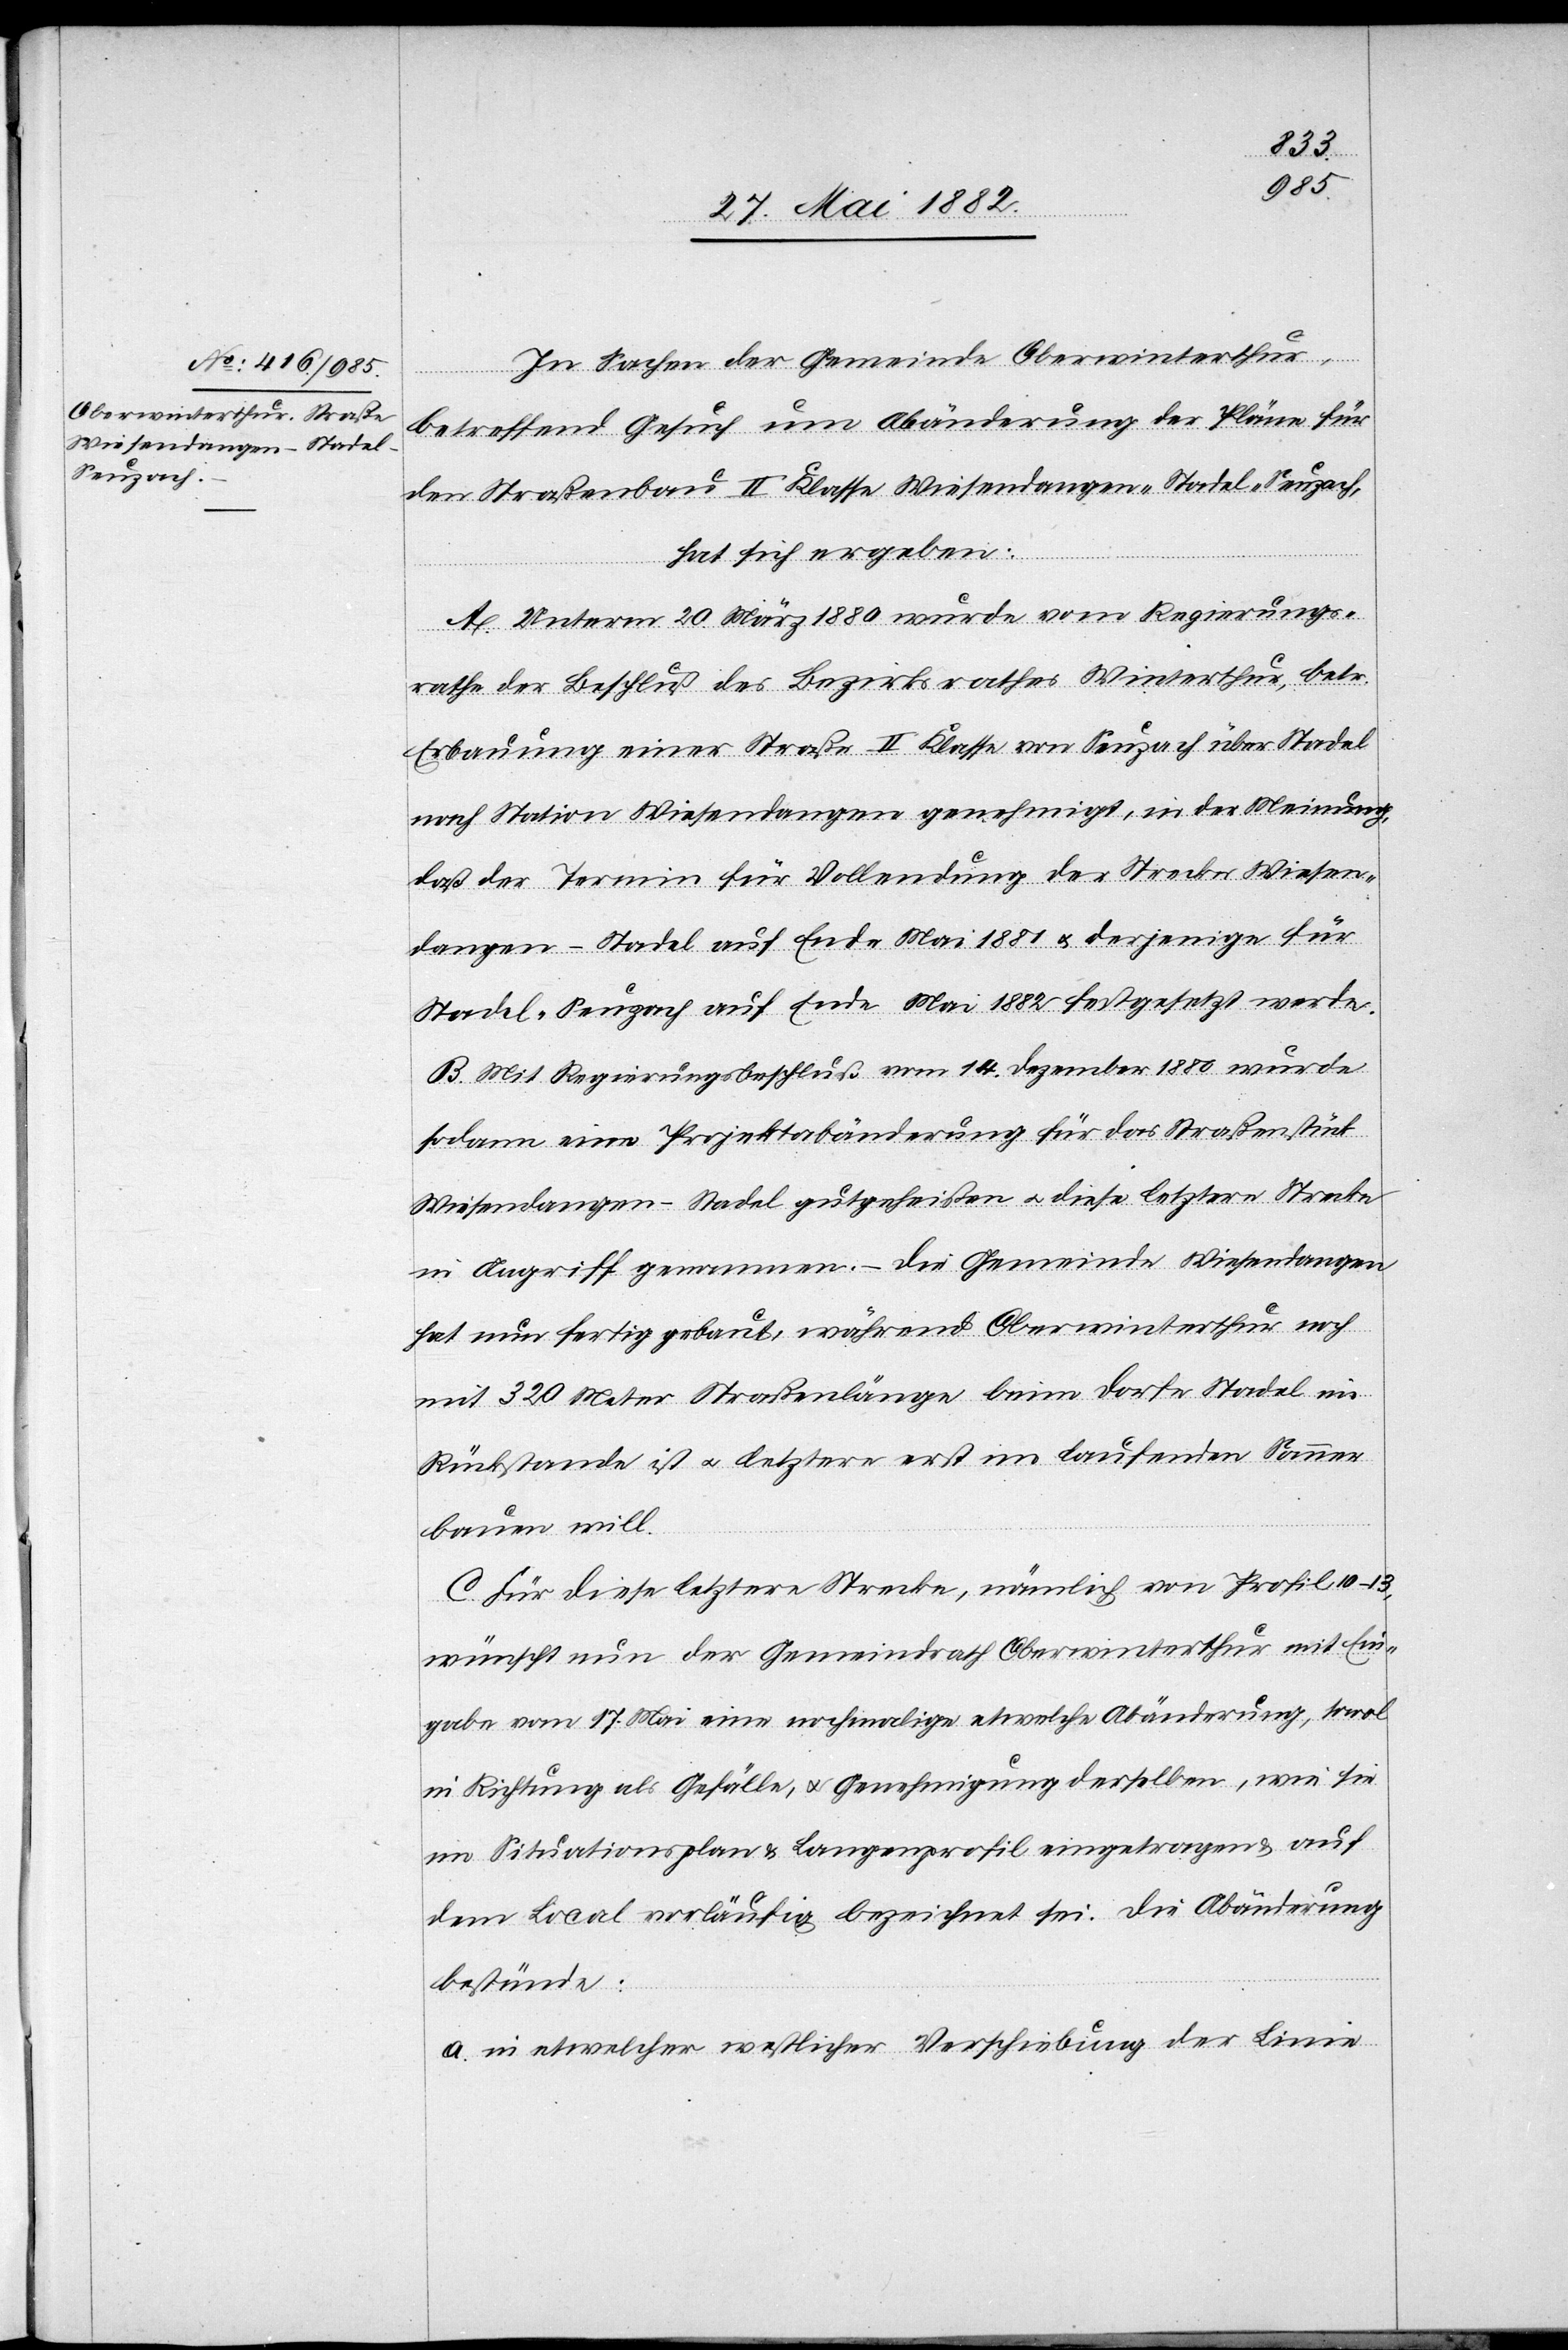
In Sachen der Gemeinde Oberwinterthur,
betreffend Gesuch um Abänderung der Pläne für
den Straßenbau II. Klasse Wiesendangen–Stadel–Seuzach,
hat sich ergeben:
A. Unterm 20. März 1880 wurde vom Regierungs¬
rathe der Beschluß des Bezirksrathes Winterthur, betr.
Erbauung einer Straße II. Klasse von Seuzach über Stadel
nach Station Wiesendangen genehmigt, in der Meinung,
daß der Termin für Vollendung der Strecke Wiesen¬
dangen–Stadel auf Ende Mai 1881 u. derjenige für
Stadel–Seuzach auf Ende Mai 1882 festgesetzt werde.
B. Mit Regierungsbeschluß vom 14. Dezember 1880 wurde
sodann eine Projektabänderung für das Straßenstück
Wiesendangen–Stadel gutgeheißen u. diese letztere Strecke
in Angriff genommen. – Die Gemeinde Wiesendangen
hat nun fertig gebaut, während Oberwinterthur noch
mit 320 Meter Straßenlänge beim Dorfe Stadel im
Rückstande ist u. letztere erst im laufenden Sommer
bauen will.
C. Für diese letztere Strecke, nämlich von Profil
wünscht nun der Gemeindrath Oberwinterthur mit Ein¬
gabe vom 17. Mai eine nochmalige etwelche Abänderung, sowol
in Richtung als Gefälle, u. Genehmigung derselben, wie sie
im Situationsplan & Längenprofil eingetragen & auf
dem Local vorläufig bezeichnet sei. Die Abänderung
bestünde:
a. in etwelcher westlicher Verschiebung der Linie